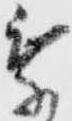
乗